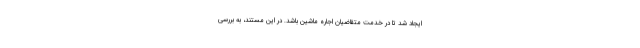
ایجاد شد تا در خدمت متقاضیان اجاره ماشین باشد. در این مستند، به بررسی